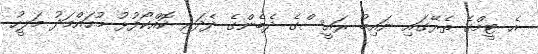
އެ ޓީމްގެ ތެރޭގައި ނައިބު ރައީސްގެ ދެބެންގެ ދެދަރި ކޮއްކޯފުޅު މުހައްމަދު މަލީހު